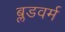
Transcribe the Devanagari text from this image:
ब्लडवर्म